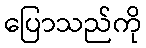
ပြောသည်ကို